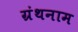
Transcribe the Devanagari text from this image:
ग्रंथनाम